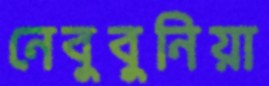
নেবুবুনিয়া